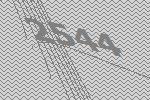
2544